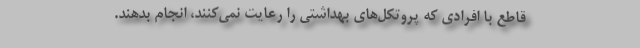
قاطع با افرادی که پروتکل‌های بهداشتی را رعایت نمی‌کنند، انجام بدهند.